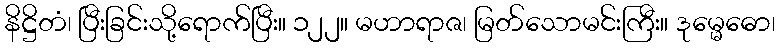
နိဋ္ဌိတံ၊ ပြီးခြင်းသို့ရောက်ပြီး။ ၁၂၂။ မဟာရာဇ၊ မြတ်သောမင်းကြီး။ ဒုမ္မေဓော၊